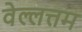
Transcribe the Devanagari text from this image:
वेल्लत्तम